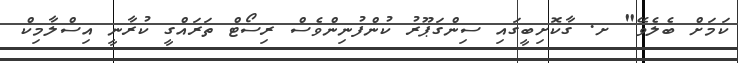
ކަމަށް ބެލެވޭ" ށ. ގާކޮށިބީގައި ސިންގަޕޫރު ކުންފުނިންވެސް ރިސޯޓް ތަރައްގީ ކުރާނީ އިސްލާމިކް